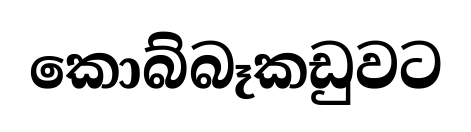
කොබ්බෑකඩුවට